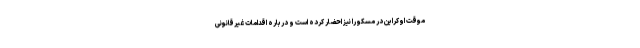
موقت اوکراین در مسکو را نیز احضار کرده است و درباره اقدامات غیرقانونی